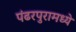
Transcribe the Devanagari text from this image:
पंढरपुरामध्ये